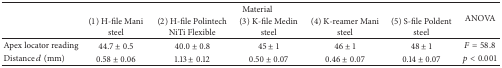
<table><thead><tr><td rowspan="2"><b> </b></td><td colspan="5"><b>Material</b></td><td rowspan="2"><b>ANOVA</b></td></tr><tr><td><b>(1) H-file Mani steel</b></td><td><b>(2) H-file Polintech NiTi Flexible</b></td><td><b>(3) K-file Medin steel</b></td><td><b>(4) K-reamer Mani steel</b></td><td><b>(5) S-file Poldent steel</b></td></tr></thead><tbody><tr><td>Apex locator reading</td><td>44.7 ± 0.5</td><td>40.0 ± 0.8</td><td>45 ± 1</td><td>46 ± 1</td><td>48 ± 1</td><td><i>F</i> = 58.8</td></tr><tr><td>Distance <i>d</i> (mm)</td><td>0.58 ± 0.06</td><td>1.13 ± 0.12</td><td>0.50 ± 0.07</td><td>0.46 ± 0.07</td><td>0.14 ± 0.07</td><td><i>p</i> &lt; 0.001</td></tr></tbody></table>